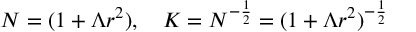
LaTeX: N = ( 1 + \Lambda r ^ { 2 } ) , \quad K = N ^ { - \frac { 1 } { 2 } } = ( 1 + \Lambda r ^ { 2 } ) ^ { - \frac { 1 } { 2 } }